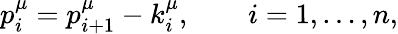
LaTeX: p_{i}^{\mu}=p_{i+1}^{\mu}-k_{i}^{\mu},\quad\quad i=1,\dots,n,